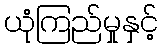
ယုံကြည်မှုနှင့်